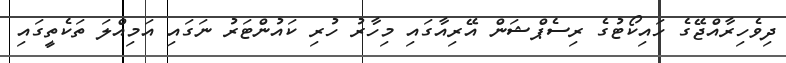
ދިވެހިރާއްޖޭގެ ހައިކޯޓުގެ ރިސެޕްޝަން އޭރިއާގައި މިހާރު ހުރި ކައުންޓަރު ނަގައި އަމިއްލަ ތަކެތީގައި